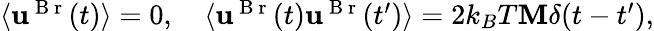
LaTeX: \begin{array}{r}{\langle\mathbf{u}^{\mathrm{~B~r~}}(t)\rangle=0,\quad\langle\mathbf{u}^{\mathrm{~B~r~}}(t)\mathbf{u}^{\mathrm{~B~r~}}(t^{\prime})\rangle=2k_{B}T\mathbf{M}\delta(t-t^{\prime}),}\end{array}